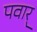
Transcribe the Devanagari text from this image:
पवार्